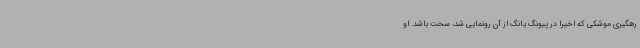
رهگیری موشکی که اخیرا در پیونگ یانگ از آن رونمایی شد، سخت باشد. او